Leaving Certificate Examination (including Day School Certificate (Higher) General paper), 1932
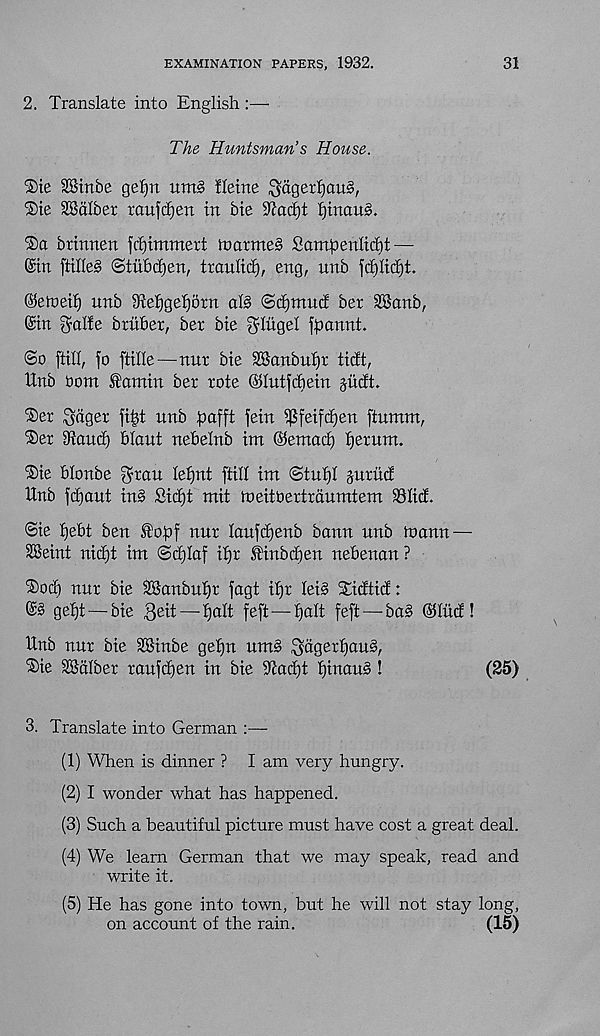
EXAMINATION PAPERS, 1932.
31
2. Translate into English
The Huntsman’s House.
'She SStnbe gefjn um§> Heine ^agerf)au§,
®ie SBalber ranfdien in bie iUacEjt ^inau§.
Ta brinnen fctjimmert loarmeg Sampenlidit —
©in (tilleS ©tubcben, traulicp, eng, unb fcplidjt.
©eineip nnb 9iepgeporn al§ ©(pmntf ber 2Banb,
©in galfe bruber, ber bie ^Ihgel fpannt.
(So [till, fo ftille—nur bie SBanbupr ticft,
Unb Oom £amin ber rote ©lutfcbein jitclt.
®er Soger fipt nnb pafft |ein ^[eifcpen ftumm,
®er giaucp Plant nePelnb im (Pemacp perurn.
®ie Plonbe Sran lepnt ftill im (Stupl gurnet
Enb fepant in§ Sicpt mit ineitPertraumtem 33Ii(f.
©ie pePt ben ®opf nur laufepenb bann unb ioann —
SSeint niept im ©cplaf ipr f inbepen nePenan ?
T)ocp nnr bie SBanbnpr fagt ipr lei§ Sifftict:
©§ gept — bie 3eit — palt feft—palt feft — ba§ ©hud !
ttnb nur bie 28inbe gepn um§ SdgerpauS,
®ie SSdlber raufepen in bie 9Zacpt pinau§!
(25)
3. Translate into German
(1) When is dinner ? I am very hungry.
(2) I wonder what has happened.
(3) Such a beautiful picture must have cost a great deal.
(4) We learn German that we may speak, read and
write it.
(5) He has gone into town, but he will not stay long,
on account of the rain.
(15)